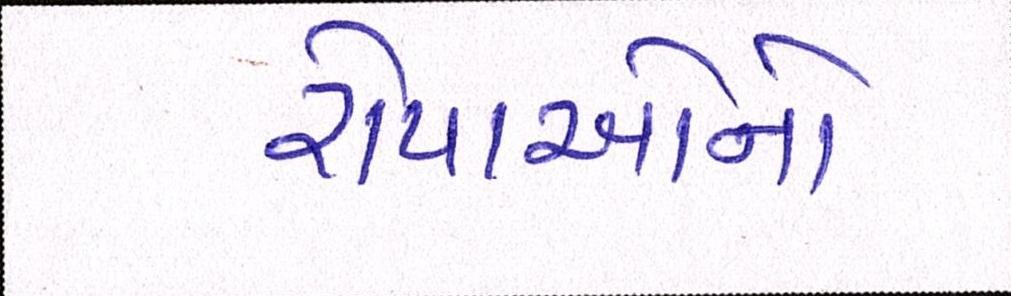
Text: રોપાઓનો